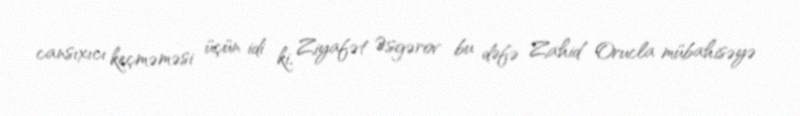
cansıxıcı keçməməsi üçün idi ki, Ziyafət Əsgərov bu dəfə Zahid Orucla mübahisəyə